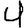
Digit: 4